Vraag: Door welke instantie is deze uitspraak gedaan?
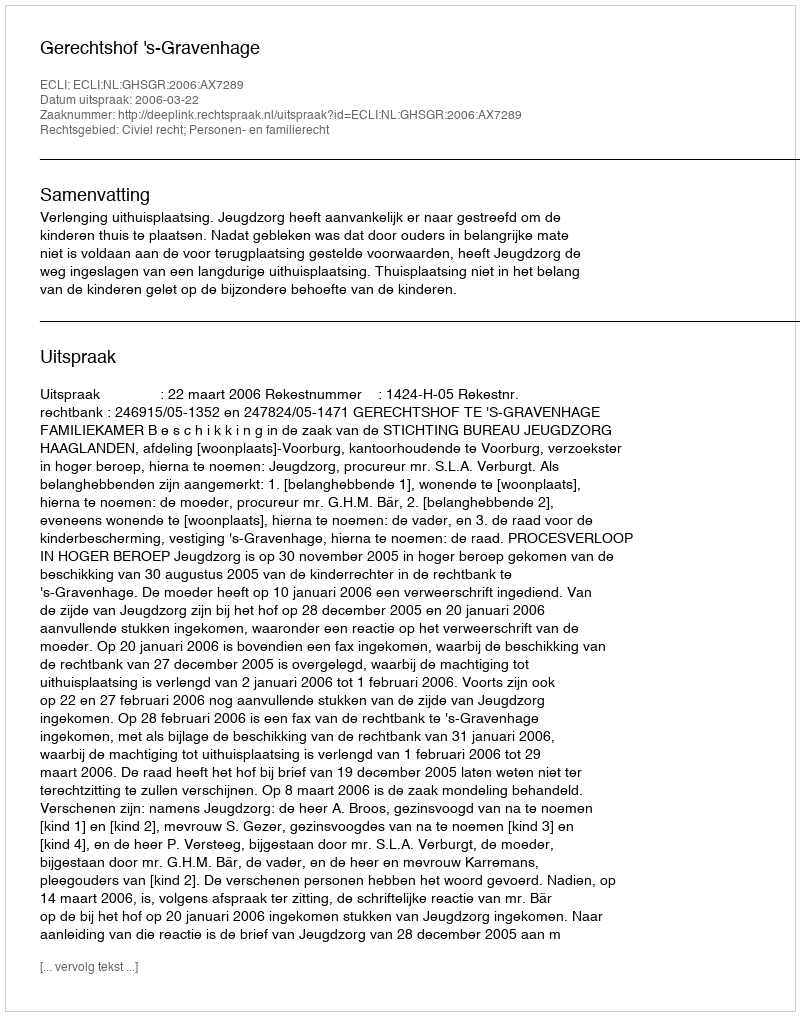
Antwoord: Gerechtshof 's-Gravenhage